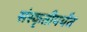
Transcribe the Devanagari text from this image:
संस्कृतीपर्यंत